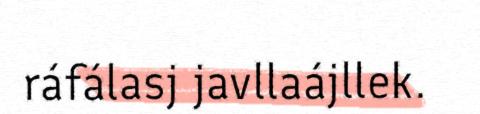
ráfálasj javllaájllek.